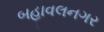
બહાવલનગર